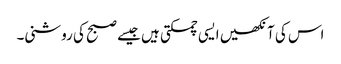
اس کی آنکھیں ایسی چمکتی ہیں جیسے صبح کی روشنی۔